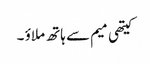
کیتھی میم سے ہاتھ ملاؤ ۔